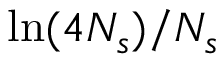
\ln ( 4 N _ { s } ) / N _ { s }